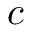
c